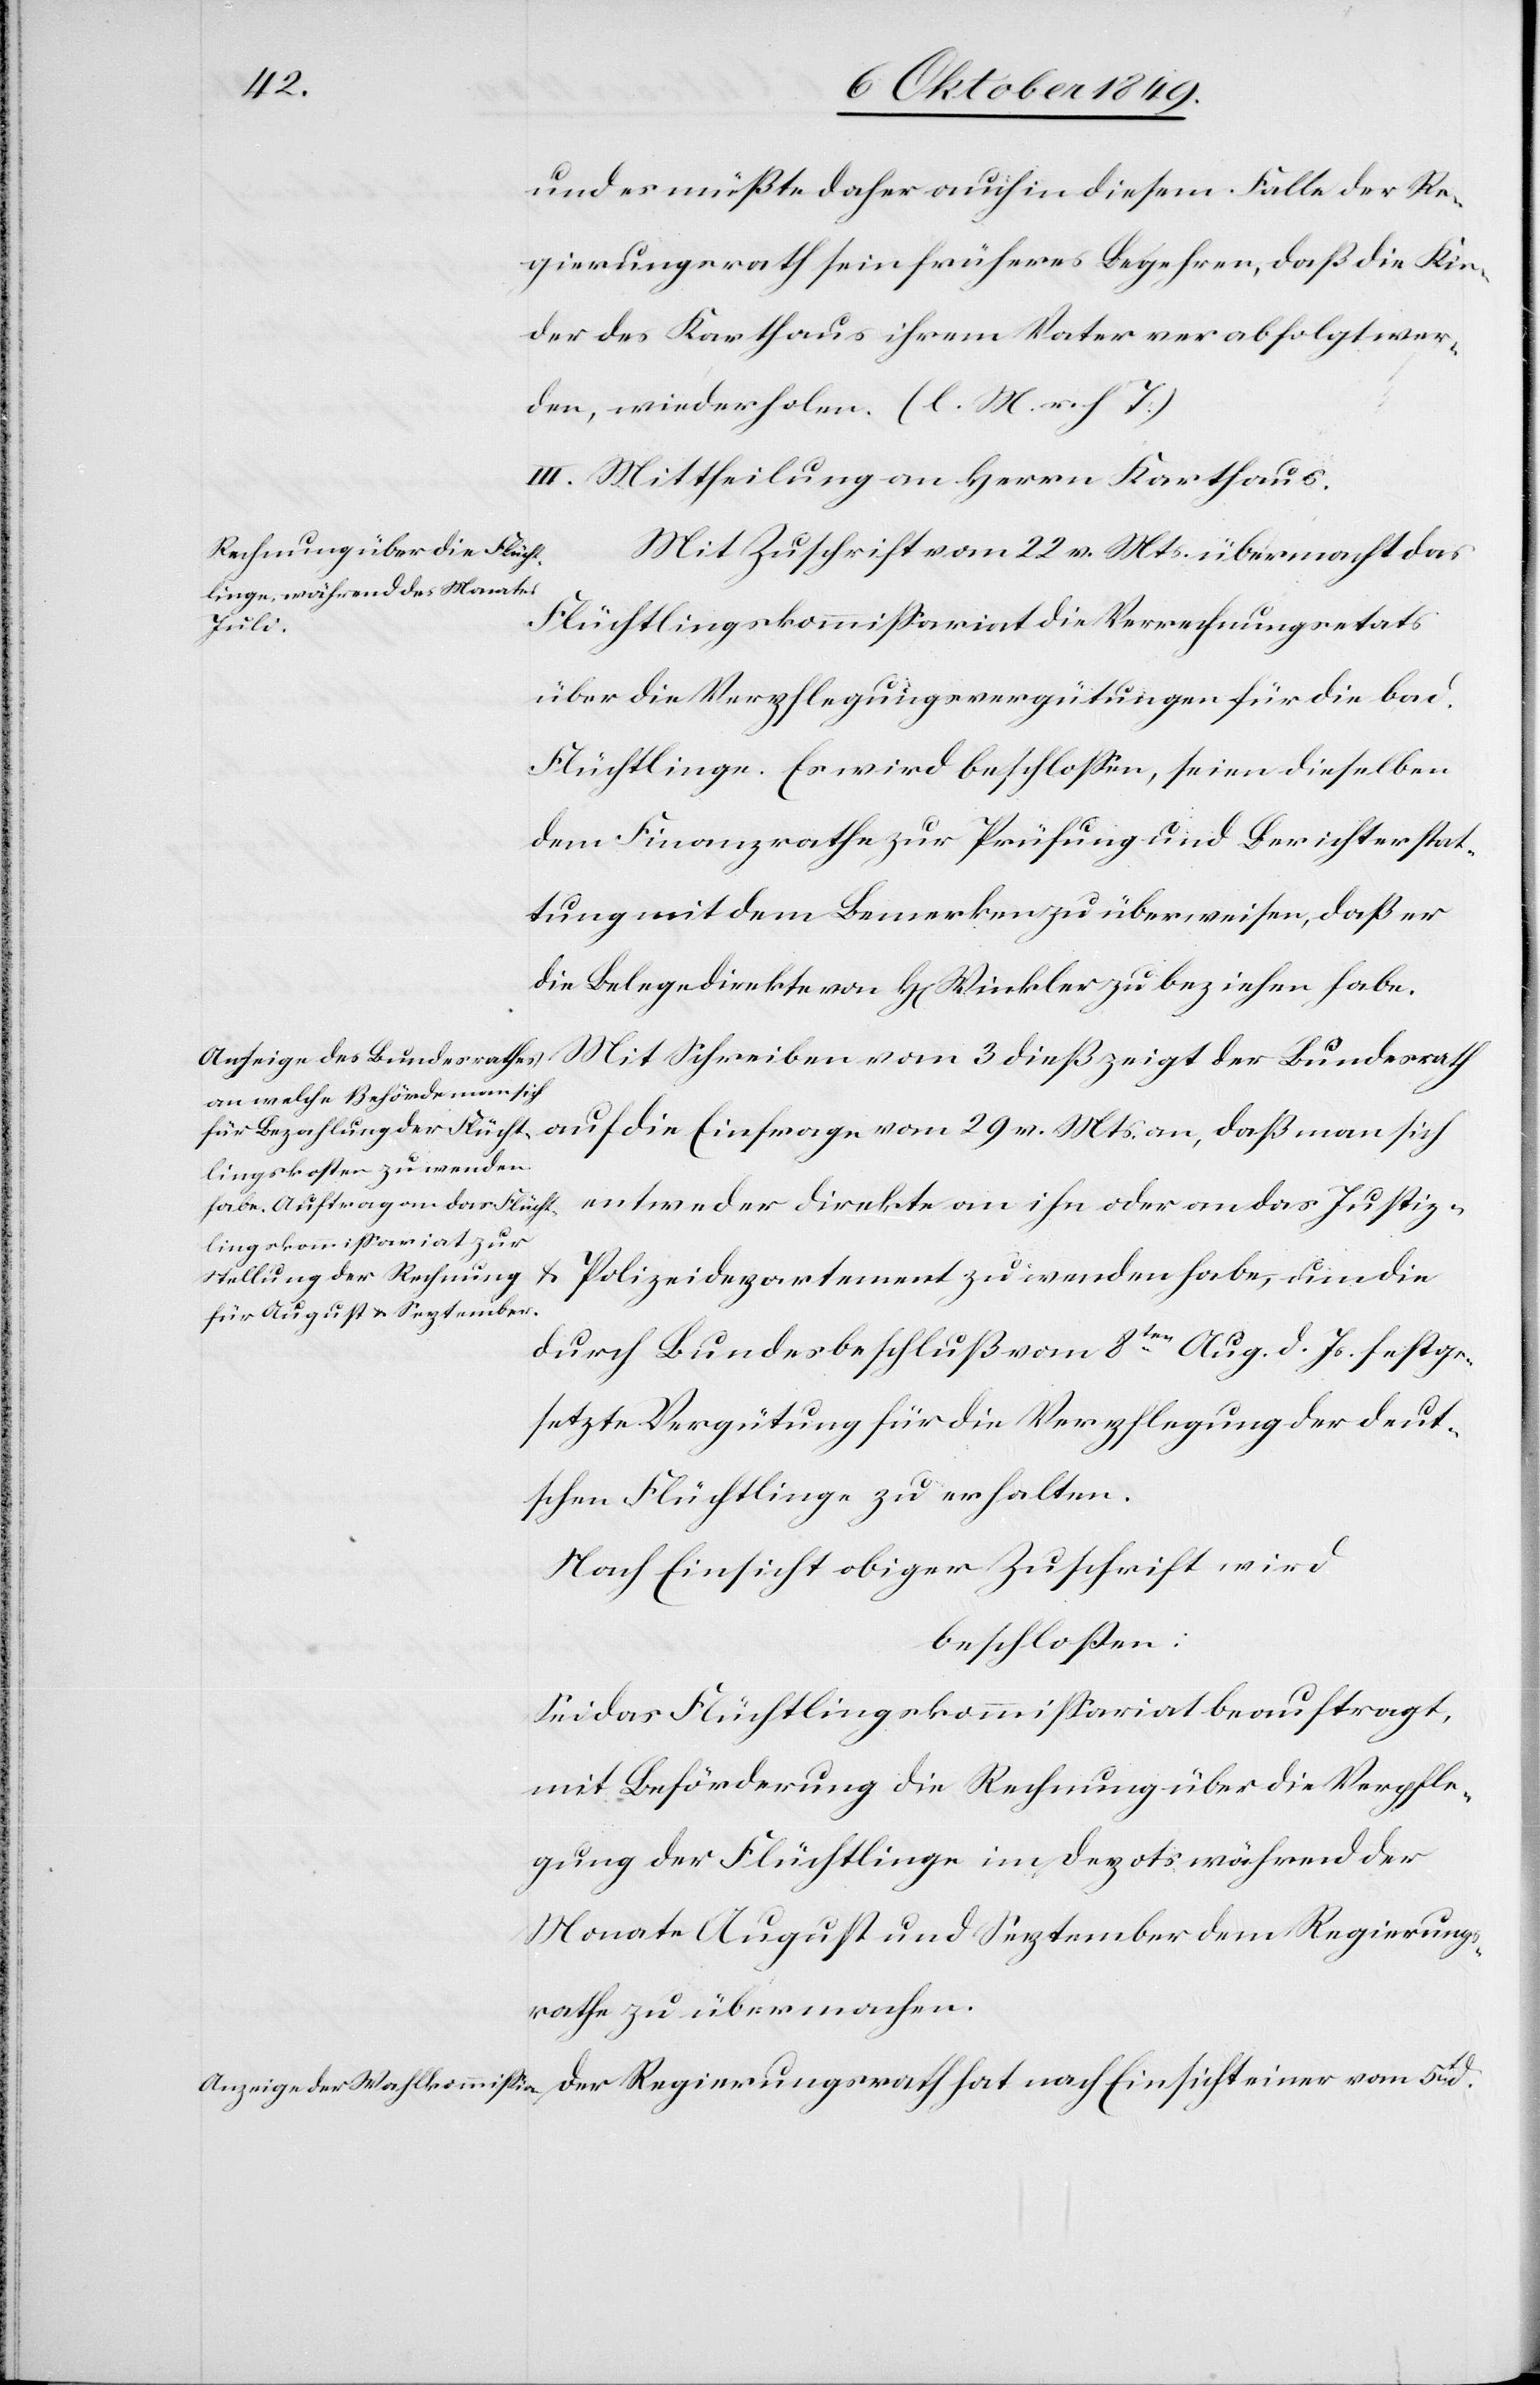
und es müßte daher auch in diesem Falle der Re¬
gierungsrath sein früheres Begehren, daß die Kin¬
der des Karthaus ihrem Vater verabfolgt wer¬
den, wiederholen. [l. M. v. h. T]
III. Mittheilung an Herrn Karthaus.
Mit Zuschrift vom 22 v. Mts. übermacht das
Flüchtlingskommißariat die Verrechnungsetats
über die Verpflegungsvergütungen für die bad.
Flüchtlinge. Es wird beschloßen, seien dieselben
dem Finanzrathe zur Prüfung und Berichterstat¬
tung mit dem Bemerken zu überweisen, daß er
die Belege direkte von H[errn] Winkler zu beziehen habe.
Mit Schreiben vom 3 dieß zeigt der Bundesrath
entweder direkte an ihn oder an das Justiz-
u. Polizeidepartement zu wenden habe, um die
durch Bundesbeschluß vom 8ten Aug. d. Js. festge¬
setzte Vergütung für die Verpflegung der deut¬
schen Flüchtlinge zu erhalten.
Nach Einsicht obiger Zuschrift wird
beschloßen:
Sei das Flüchtlingskommißariat beauftragt,
mit Beförderung die Rechnung über die Verpfle¬
gung der Flüchtlinge im Depots während der
Monate August und September dem Regierungs¬
rathe zu übermachen.
Der Regierungsrath hat nach Einsicht einer vom 5t d.